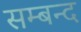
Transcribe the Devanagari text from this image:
सम्बन्द